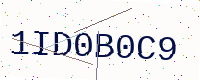
Text: 1ID0B0C9